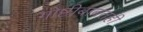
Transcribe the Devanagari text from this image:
गोष्टीबाबतही